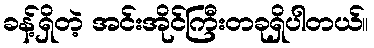
ခန့်ရှိတဲ့ အင်းအိုင်ကြီးတခုရှိပါတယ်။